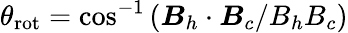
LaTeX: \theta_{\mathrm{rot}}=\cos^{-1}{(\boldsymbol{B}_{h}\cdot\boldsymbol{B}_{c}/B_{h}B_{c})}